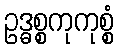
ဥဒ္ဓစ္စကုကုစ္စံ